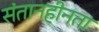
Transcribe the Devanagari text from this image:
संतानहीनता